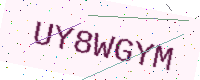
Text: UY8WGYM